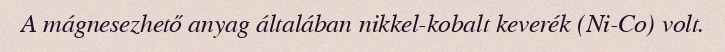
A mágnesezhető anyag általában nikkel-kobalt keverék (Ni-Co) volt.